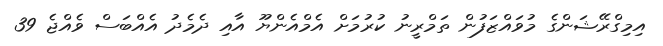
އިމިގްރޭޝަންގެ މުވައްޒަފުން ތަމްރީނު ކުރުމަށް އެމްއެންޔޫ އާއި ދެމެދު އެއްބަސް ވެއްޖެ 39